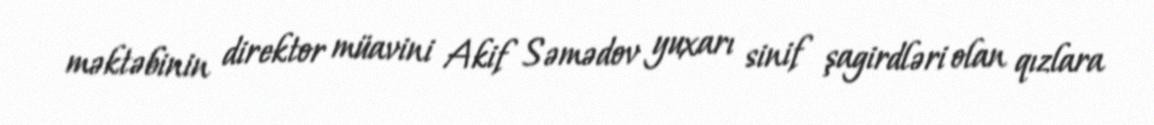
məktəbinin direktor müavini Akif Səmədov yuxarı sinif şagirdləri olan qızlara